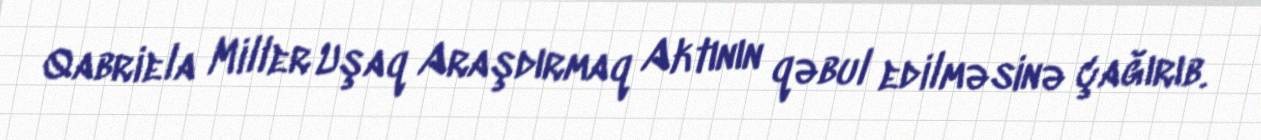
Qabriela Miller Uşaq Araşdırmaq Aktının qəbul edilməsinə çağırıb.